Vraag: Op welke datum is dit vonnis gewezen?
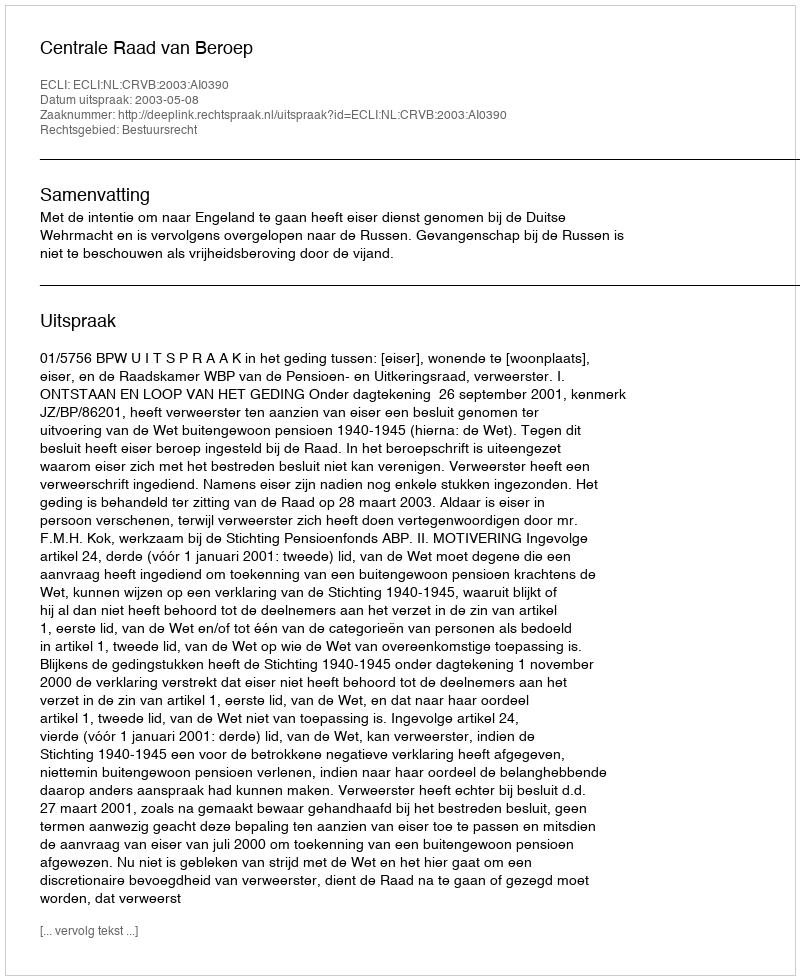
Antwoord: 2003-05-08